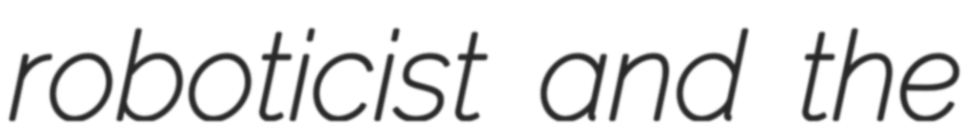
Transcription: roboticist and the